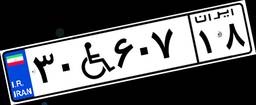
۰۰W۹۱۰۹۱